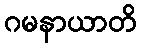
ဂမနာယာတိ